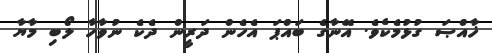
ޚާއްޞަ ގުޅުމެކެވެ. އޭނާގެ ބައްޕަ އެހެން ދަރީން ދެކެ ނުވާހާ ލޯބި މާޔާ